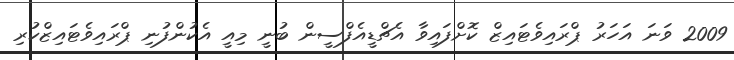
2009 ވަނަ އަހަރު ޕްރައިވެޓައިޒް ކޮށްފައިވާ އެޗްޑީއެފްސީން ބުނީ މިއީ އެކުންފުނި ޕްރައިވެޓައިޒްކުރި